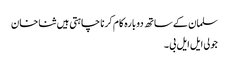
سلمان کے ساتھ دوبارہ کام کرنا چاہتی ہیں ثنا خان
جولی ایل ایل بی ۔